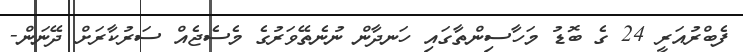
ފެބްރުއަރީ 24 ގެ ބޮޑު މަހާސިންތާގައި ހަނދާން ނުނެތޭވަރުގެ މެސެޖެއް ސަރުކާރަށް ދޭނަން-